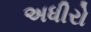
અધીરો